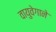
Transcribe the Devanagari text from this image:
वायुवेगाने